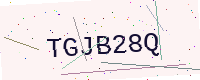
Text: TGJB28Q